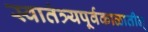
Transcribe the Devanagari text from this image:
स्वातंत्र्यपूर्वकाळातील्